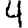
Digit: 4